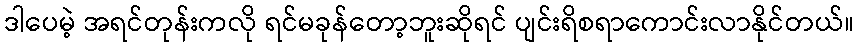
ဒါပေမဲ့ အရင်တုန်းကလို ရင်မခုန်တော့ဘူးဆိုရင် ပျင်းရိစရာကောင်းလာနိုင်တယ်။